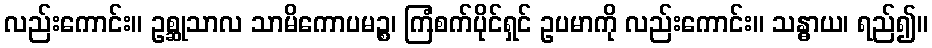
လည်းကောင်း။ ဥစ္ဆုသာလ သာမိကောပမဉ္စ၊ ကြံစက်ပိုင်ရှင် ဥပမာကို လည်းကောင်း။ သန္ဓာယ၊ ရည်၍။